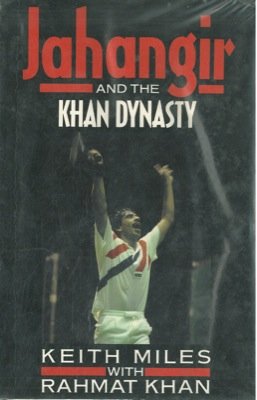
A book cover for Jahangir and the Khan Dynasty (Pelham practical sports); Keith Miles; Sports & Outdoors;